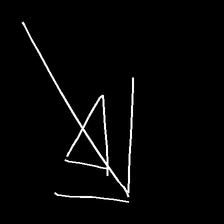
Glyph: pull